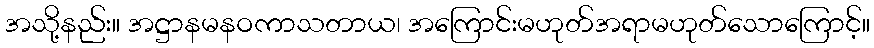
အသို့နည်း။ အဋ္ဌာနမနဝကာသတာယ၊ အကြောင်းမဟုတ်အရာမဟုတ်သောကြောင့်။